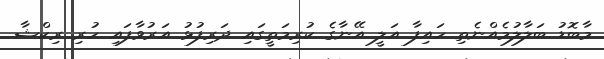
މާބޮޑު ބަލާލުމެއްނެތި ހައިފާ އަލީ އޭނާގެ ކުރިމަތީގައި ދަރިފުޅު އަރުވާފައި ހުރި ރިކްޝާ